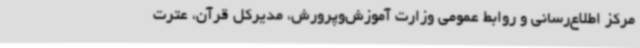
مرکز اطلاع‌رسانی و روابط عمومی وزارت آموزش‌وپرورش، مدیرکل قرآن، عترت